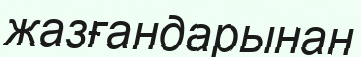
жазғандарынан